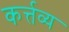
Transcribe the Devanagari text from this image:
कर्त्तव्‍य